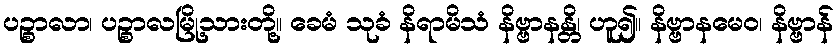
ပဉ္စာလာ၊ ပဉ္စာလမြို့သားတို့။ ခေမံ သုခံ နိရာမိသံ နိဗ္ဗာနန္တိ၊ ဟူ၍။ နိဗ္ဗာနမေဝ၊ နိဗ္ဗာန်